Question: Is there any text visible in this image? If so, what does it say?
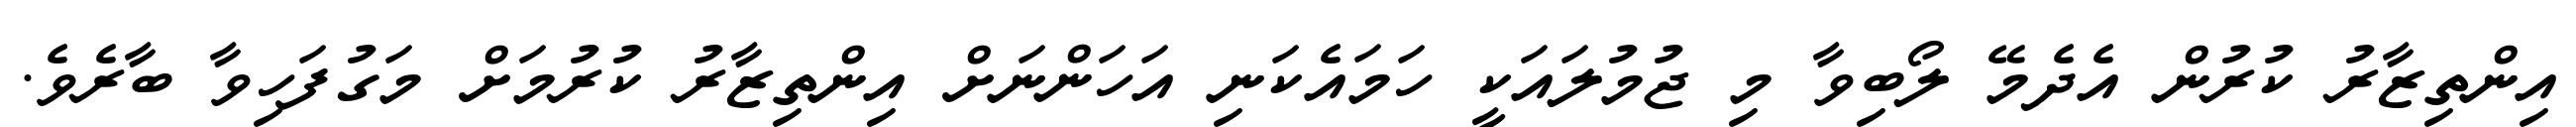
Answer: އިންތިޒާރު ކުރުން އެދެމޭ ލޯބިވާ މި ޖުމުލައަކީ ހަމައެކަނި އަހަންނަށް އިންތިޒާރު ކުރުމަށް މަގުފަހިވާ ބާރެވެ.